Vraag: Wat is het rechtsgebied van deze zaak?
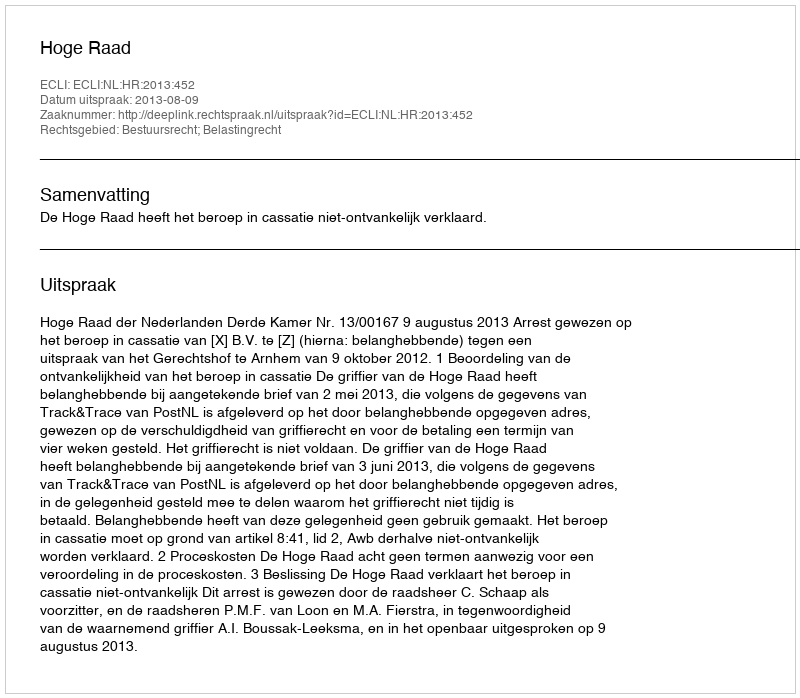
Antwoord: Bestuursrecht; Belastingrecht